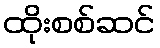
ထိုးစစ်ဆင်